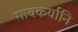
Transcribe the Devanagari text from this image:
गावकर्यानि